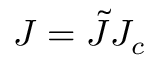
J = \tilde { J } J _ { c }